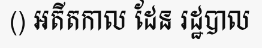
() អតីតកាល ដែន រដ្ឋបាល